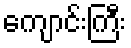
ကျောင်းကြီး